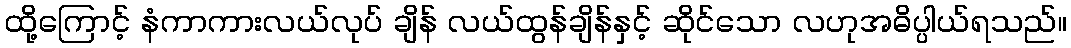
ထို့ကြောင့် နံကာကားလယ်လုပ် ချိန် လယ်ထွန်ချိန်နှင့် ဆိုင်သော လဟုအဓိပ္ပါယ်ရသည်။